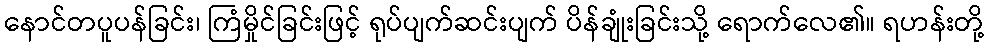
နောင်တပူပန်ခြင်း၊ ကြံမှိုင်ခြင်းဖြင့် ရုပ်ပျက်ဆင်းပျက် ပိန်ချုံးခြင်းသို့ ရောက်လေ၏။ ရဟန်းတို့